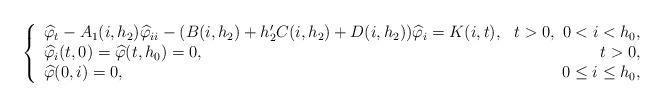
LaTeX: \begin{align*}\left\{\begin{array}{lr}\widehat{\varphi}_t - A_1(i,h_2)\widehat{\varphi}_{ii} -(B(i,h_2)+h_2'C(i,h_2)+D(i,h_2))\widehat{\varphi}_i = K(i,t),& t>0,\ 0<i<h_0,\\\widehat{\varphi}_i(t,0) = \widehat{\varphi}(t,h_0)= 0, & t>0,\\\widehat{\varphi}(0,i) = 0, & 0 \leq i \leq h_0,\\ \end{array}\right.\end{align*}